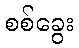
စစ်ခွေး